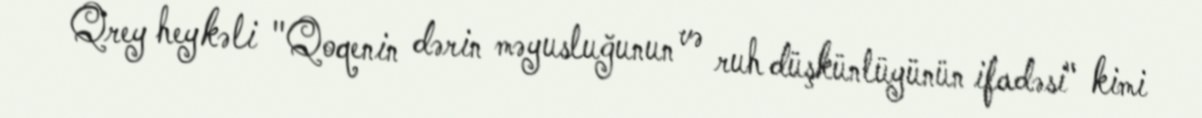
Qrey heykəli "Qoqenin dərin məyusluğunun və ruh düşkünlüyünün ifadəsi" kimi